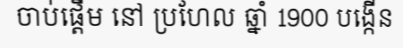
ចាប់ផ្តើម នៅ ប្រហែល ឆ្នាំ 1900 បង្កើន